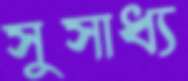
সুসাধ্য